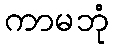
ကာမဘုံ